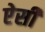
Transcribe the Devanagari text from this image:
एेसी